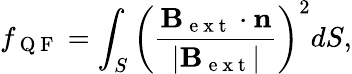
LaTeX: f_{\mathrm{~Q~F~}}=\int_{S}\left(\frac{\mathbf B_{\mathrm{~e~x~t~}}\cdot\mathbf n}{|\mathbf B_{\mathrm{~e~x~t~}}|}\right)^{2}dS,